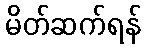
မိတ်ဆက်ရန်